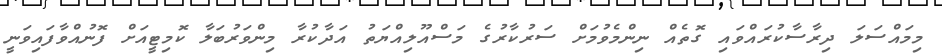
މިމައްސަލަ ދިރާސާކުރައްވައި ގޮތެއް ނިންމެވުމަށް ސަރުކާރުގެ މަސްއޫލިއްޔަތު އަދާކުރާ މިންވަރުބަލާ ކޮމިޓީއަށް ފޮނުއްވާފައިވަނީ